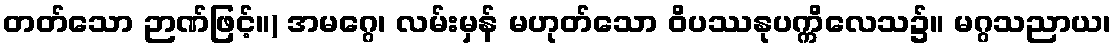
တတ်သော ဉာဏ်ဖြင့်။) အမဂ္ဂေ၊ လမ်းမှန် မဟုတ်သော ဝိပဿနုပက္ကိလေသ၌။ မဂ္ဂသညာယ၊